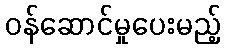
ဝန်ဆောင်မှုပေးမည့်